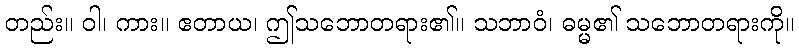
တည်း။ ဝါ၊ ကား။ ဧတာယ၊ ဤသဘောတရား၏။ သဘာဝံ၊ ဓမ္မ၏ သဘောတရားကို။